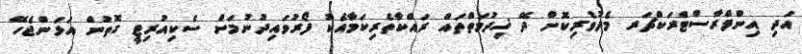
އަދި އިންފްރާސްޓްރަކްޗަރ މެދުވެރިކޮށް ދޭ ޚިދުމަތްތައް ރައްކާތެރިކަމާއެކު ފޯރުވައިދުނުމަށް ސެކިއުރިޓީ ގޮތުން އަޅަންޖެހޭ